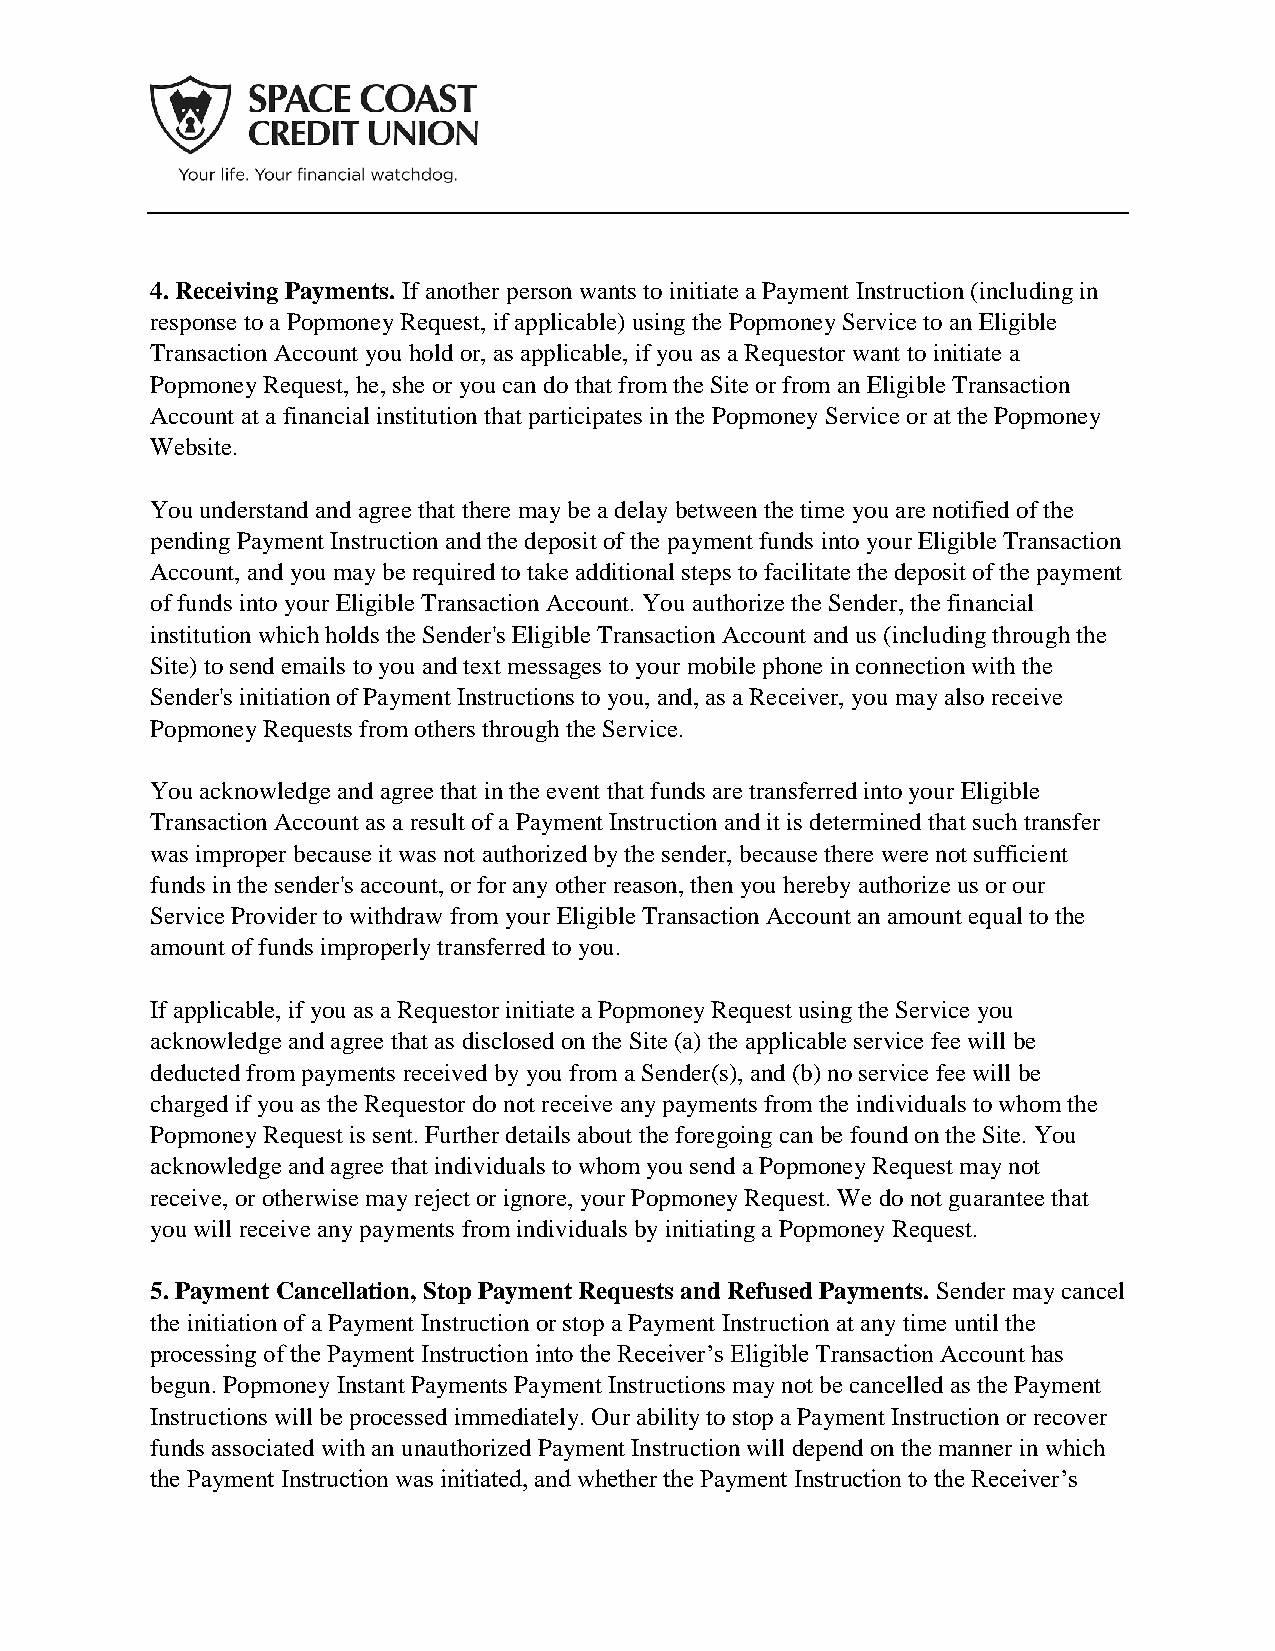
4. Receiving Payments. If another person wants to initiate a Payment Instruction (including in
 response to a Popmoney Request, if applicable) using the Popmoney Service to an Eligible
 Transaction Account you hold or, as applicable, if you as a Requestor want to initiate a
 Popmoney Request, he, she or you can do that from the Site or from an Eligible Transaction
 Account at a financial institution that participates in the Popmoney Service or at the Popmoney
 Website.
 You understand and agree that there may be a delay between the time you are notified of the
 pending Payment Instruction and the deposit of the payment funds into your Eligible Transaction
 Account, and you may be required to take additional steps to facilitate the deposit of the payment
 of funds into your Eligible Transaction Account. You authorize the Sender, the financial
 institution which holds the Sender's Eligible Transaction Account and us (including through the
 Site) to send emails to you and text messages to your mobile phone in connection with the
 Sender's initiation of Payment Instructions to you, and, as a Receiver, you may also receive
 Popmoney Requests from others through the Service.
 You acknowledge and agree that in the event that funds are transferred into your Eligible
 Transaction Account as a result of a Payment Instruction and it is determined that such transfer
 was improper because it was not authorized by the sender, because there were not sufficient
 funds in the sender's account, or for any other reason, then you hereby authorize us or our
 Service Provider to withdraw from your Eligible Transaction Account an amount equal to the
 amount of funds improperly transferred to you.
 If applicable, if you as a Requestor initiate a Popmoney Request using the Service you
 acknowledge and agree that as disclosed on the Site (a) the applicable service fee will be
 deducted from payments received by you from a Sender(s), and (b) no service fee will be
 charged if you as the Requestor do not receive any payments from the individuals to whom the
 Popmoney Request is sent. Further details about the foregoing can be found on the Site. You
 acknowledge and agree that individuals to whom you send a Popmoney Request may not
 receive, or otherwise may reject or ignore, your Popmoney Request. We do not guarantee that
 you will receive any payments from individuals by initiating a Popmoney Request.
 5. Payment Cancellation, Stop Payment Requests and Refused Payments. Sender may cancel
 the initiation of a Payment Instruction or stop a Payment Instruction at any time until the
 processing of the Payment Instruction into the Receiver’s Eligible Transaction Account has
 begun. Popmoney Instant Payments Payment Instructions may not be cancelled as the Payment
 Instructions will be processed immediately. Our ability to stop a Payment Instruction or recover
 funds associated with an unauthorized Payment Instruction will depend on the manner in which
 the Payment Instruction was initiated, and whether the Payment Instruction to the Receiver’s